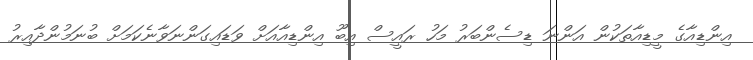
އިންޑިއާގެ މީޑިއާތަކުން އަންނަ ޑިސެންބަރު މަހު ރައީސް އިބޫ އިންޑިއާއަށް ވަޑައިގަންނަވާނެކަމަށް ބުނަމުންދާއިރު